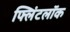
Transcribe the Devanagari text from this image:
फ्लिंटलॉक